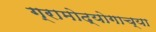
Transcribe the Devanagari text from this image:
ग्रामोद्योगाच्या